Tezpur Lunatic Asylum reports 1877-1894 - 1877-1894
Year: 1877
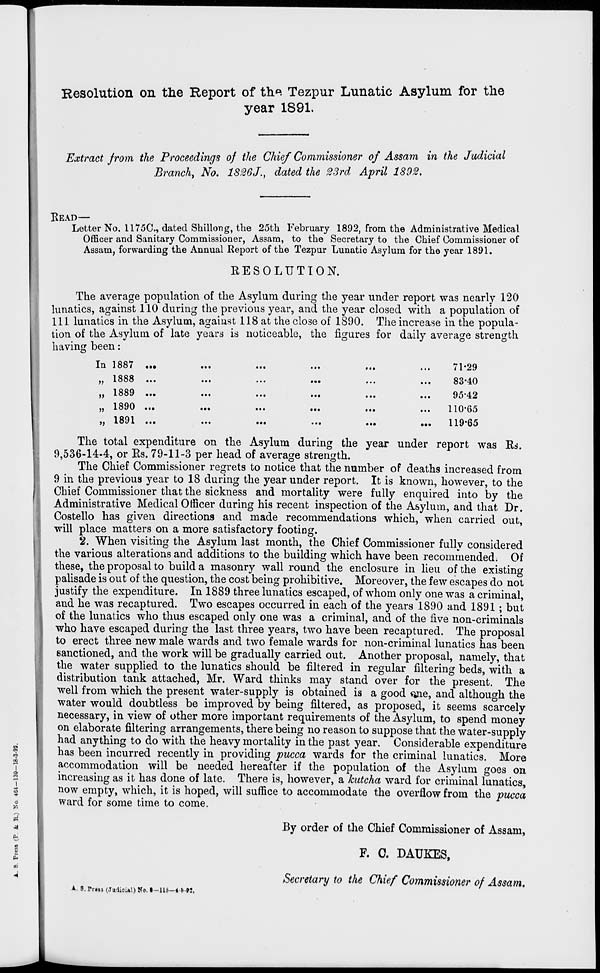
©
o
'A
2
■a
OS
4
Resolution on the Report of th*. Tezpur Lunatic Asylum for the
year 1891,
Extract from the Proceedings of the Chief Commissioner of Assam in the Judicial
Branch, No. 1826J., dated the 23rd April 1892.
hav ing been:
In 1887
>> 1888
>> 1889
1890
1891
READ—
Letter No. 1175C, dated Shillong, the 25th February 1892, from the Administrative Medical
Officer and Sanitary Commissioner, Assam, to the Secretary to the Chief Commissioner of
Assam, forwarding the Annual Report of the Tezpur Lunatic Asylum for the year 1891.
RESOLUTION.
The average population of the Asylum during the year under report was nearly 120
lunatics, against 110 during the previous year, and the year closed with a population of
111 lunatics in the Asylum, against 118 at the close of 1890. The increase in the popula-
tion of the Asylum of late years is noticeable, the figures for daily average strength
71*29
83-40
95-42
110-65
...
119-65
The total expenditure on the Asylum during the year under report was Rs.
9,536-14-4, or Rs. 79-11-3 per head of average strength.
The Chief Commissioner regrets to notice that the number of deaths increased from
9 in the previous year to 18 during the year under report. It is known, however, to the
Chief Commissioner that the sickness and mortality were fully enquired into by the
Administrative Medical Officer during his recent inspection of the Asylum, and that Dr.
Costello has given directions and made recommendations which, when carried out,
will place matters on a more satisfactory footing.
2. When visiting the Asylum last month, the Chief Commissioner fully considered
the various alterations and additions to the building which have been recommended. Of
these, the proposal to build a masonry wall round the enclosure in lieu of the existing
palisade is out of the question, the cost being prohibitive. Moreover, the few escapes do not
justify the expenditure. In 1889 three lunatics escaped, of whom only one was a criminal,
and he was recaptured. Two escapes occurred in each of the years 1890 and 1891 ; but
of the lunatics who thus escaped only one was a criminal, and of the five non-criminals
who have escaped during the last three years, two have been recaptured. The proposal
to erect three new male wards and two female wards for non-criminal lunatics has been
sanctioned, and the work will be gradually carried out. Another proposal, namely, that
the water supplied to the lunatics should be filtered in regular filtering beds, with a
distribution tank attached, Mr. Ward thinks may stand over for the present. The
well from which the present water-supply is obtained is a good one, and although the
water would doubtless be improved by being filtered, as proposed, it seems scarcely
necessary, in view of other more important requirements of the Asylum, to spend money
on elaborate filtering arrangements, there being no reason to suppose that the water-supply
had anything to do with the heavy mortality in the past year. Considerable expenditure
has been incurred recently in providing pucca wards for the criminal lunatics. More
accommodation will be needed hereafter if the population of the Asylum goes on
increasing as it has done of late. There is, however, a kutcha ward for criminal lunatics,
now empty, which, it is hoped, will suffice to accommodate the overflow from the pucca
ward for some time to come.
By order of the Chief Commissioner of Assam,
F. C. DAUKES,
Secretary to the Chief Commissioner of Assam.
▲. B, Trm (Judicial) No. I-U5-4-S-W.